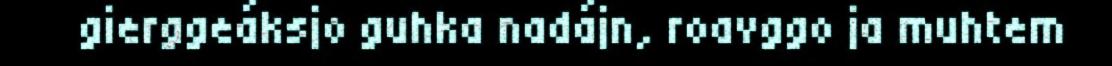
gierggeáksjo guhka nadájn, roavggo ja muhtem